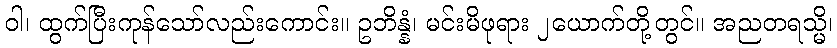
ဝါ၊ ထွက်ပြီးကုန်သော်လည်းကောင်း။ ဥဘိန္နံ၊ မင်းမိဖုရား ၂ယောက်တို့တွင်။ အညတရသ္မိ၊